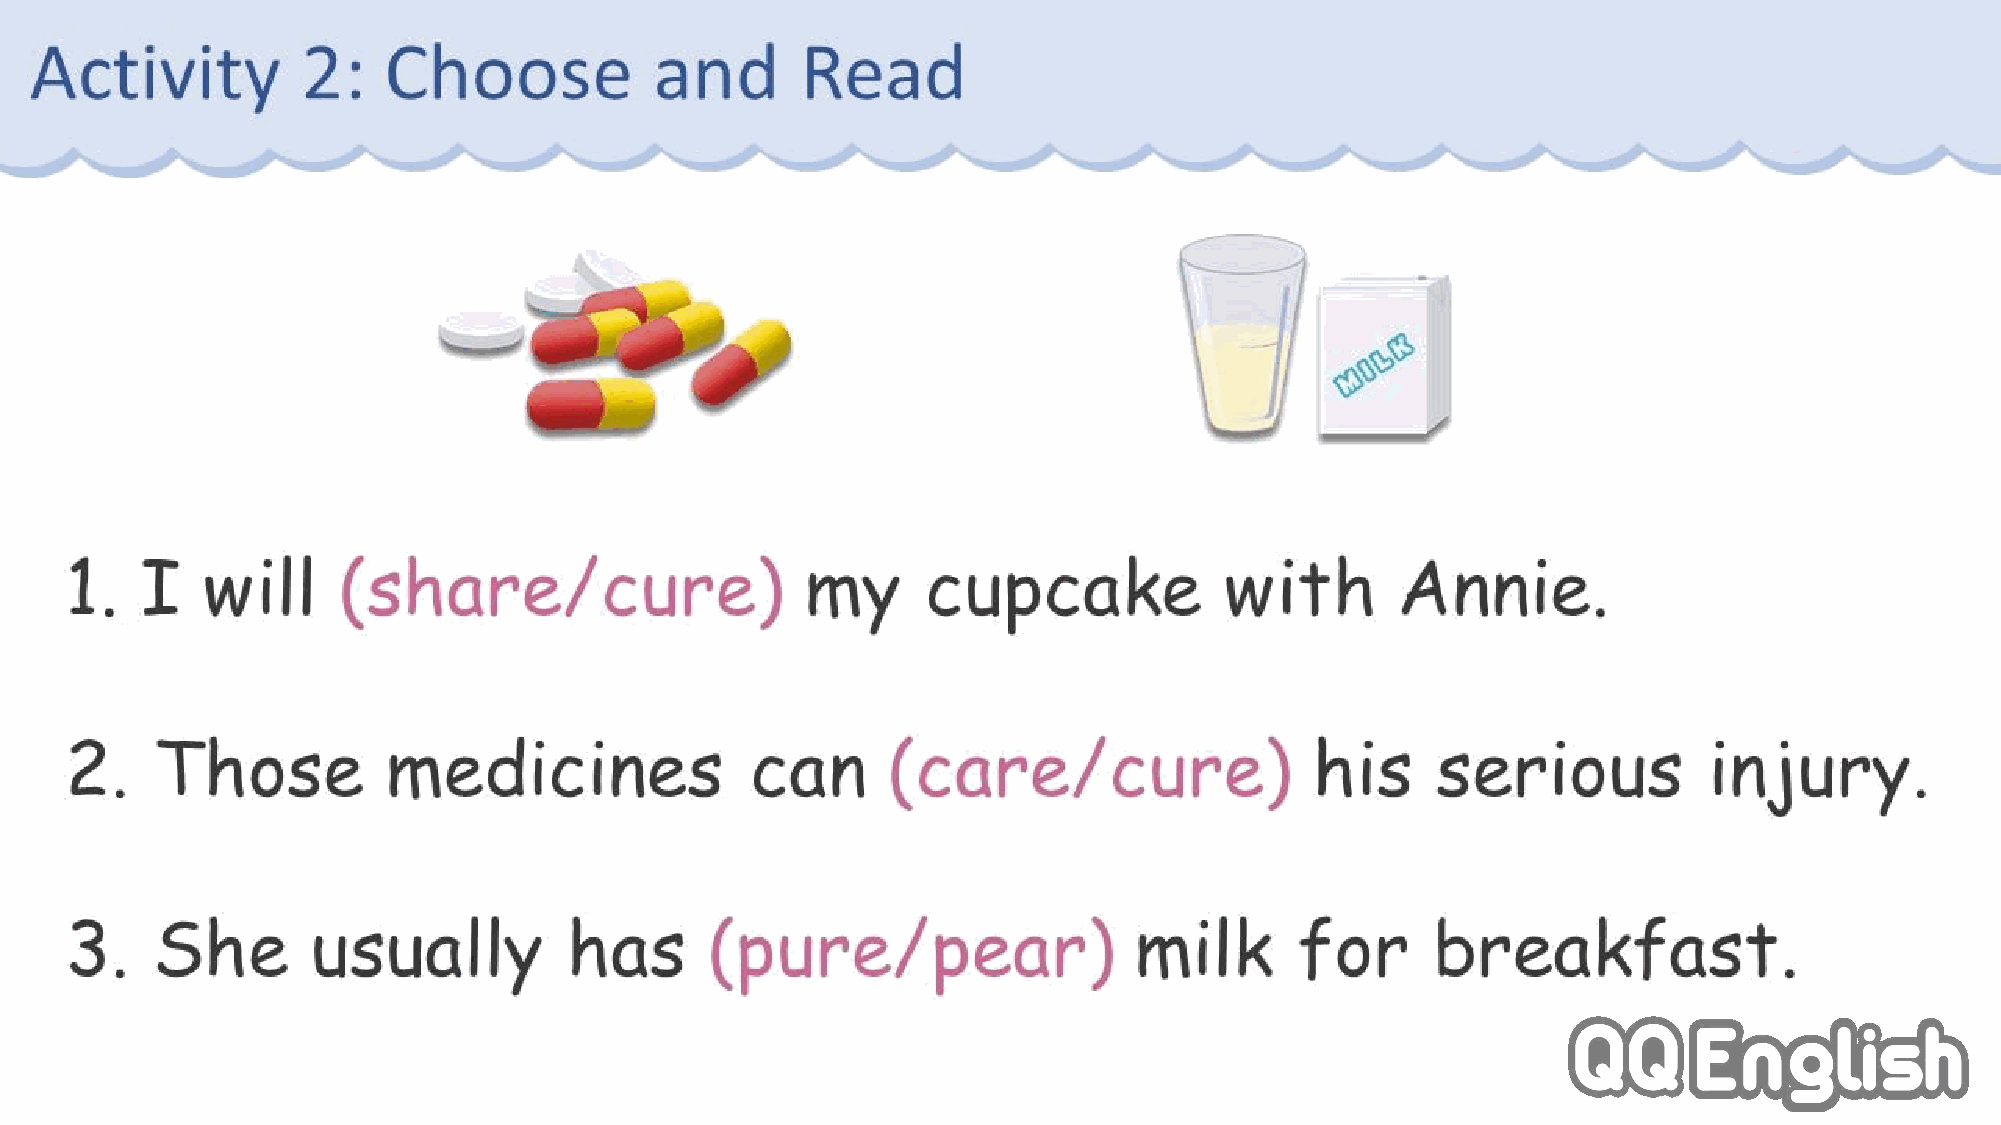
Activity          2:   Choose            and       Read
 1.   I   will     (share/cure)                   my      cupcake             with       Annie.
 2.    Those           medicines               can      (care/cure)                 his     serious           injury.
 3.    She        usually         has       (pure/pear)                 milk       for      breakfast.